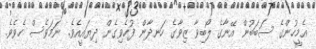
އެމީހުންގެ ސަބަބުން އޭނާގެ ލޯބިވާ ޒިވާގެ ހަނދާން ފުހެވިގެން ދިޔައީއެވެ. ނަމަވެސް ހެވެވެ.